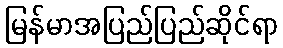
မြန်မာအပြည်ပြည်ဆိုင်ရာ